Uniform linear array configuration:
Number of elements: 32
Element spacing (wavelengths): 1
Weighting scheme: hann
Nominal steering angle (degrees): -45
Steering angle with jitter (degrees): -46.038
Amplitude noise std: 0.05
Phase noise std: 0.05

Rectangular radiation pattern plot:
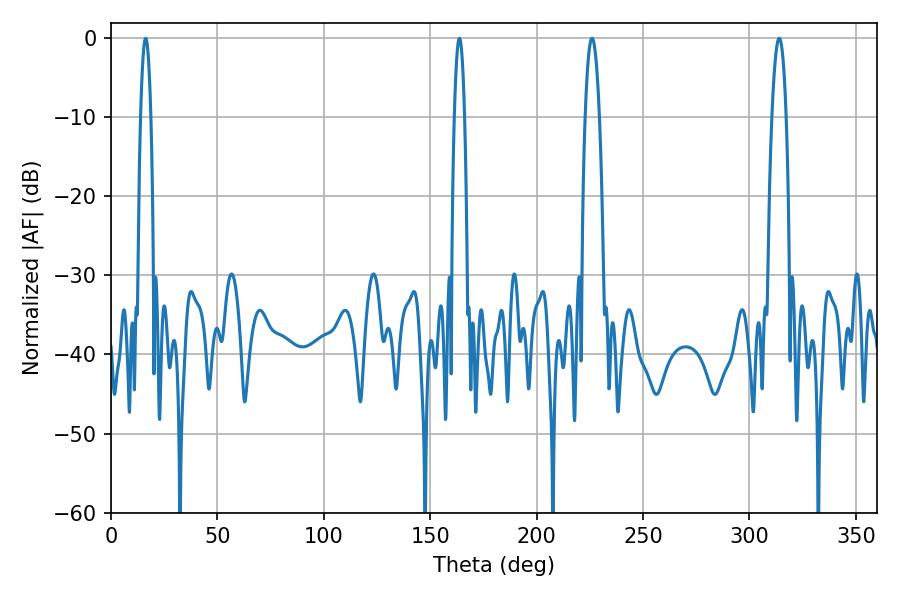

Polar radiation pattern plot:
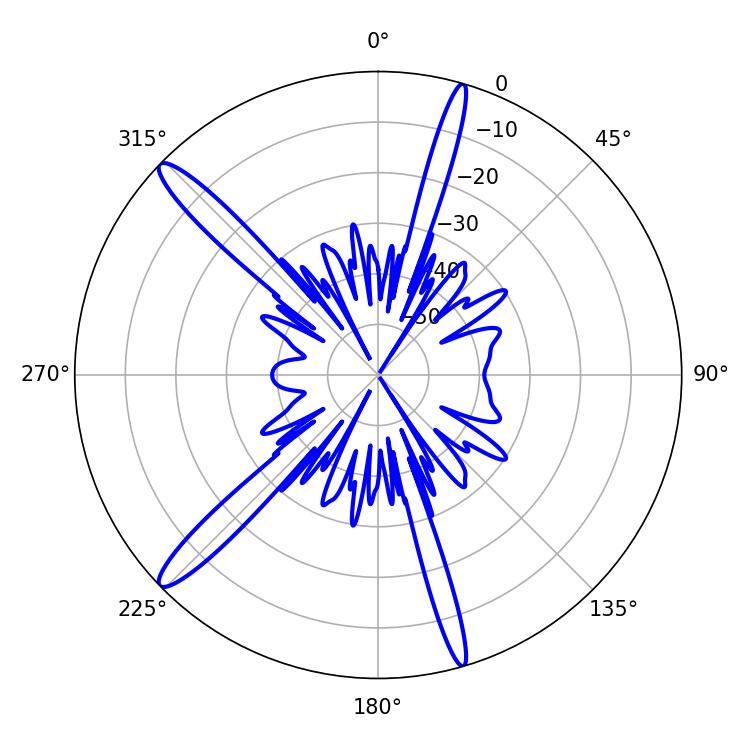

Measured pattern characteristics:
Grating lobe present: TRUE
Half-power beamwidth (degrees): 3.6
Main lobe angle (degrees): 313.92